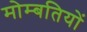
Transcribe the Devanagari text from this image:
मोम्बतियों